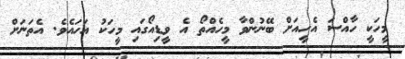
މީހަކީ ހާއްސަ އެހީއަށް ބޭނުންވާ މީހެއްތޯ އެ ވީޑިއޯގައި މީހަކު އަހައެވެ. އެތަނަށް